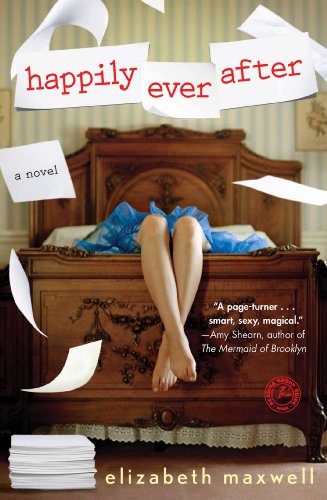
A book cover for Happily Ever After: A Novel; Elizabeth Maxwell; Literature & Fiction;